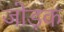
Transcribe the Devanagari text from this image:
जोड़क